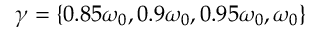
\gamma = \lbrace 0 . 8 5 \omega _ { 0 } , 0 . 9 \omega _ { 0 } , 0 . 9 5 \omega _ { 0 } , \omega _ { 0 } \rbrace